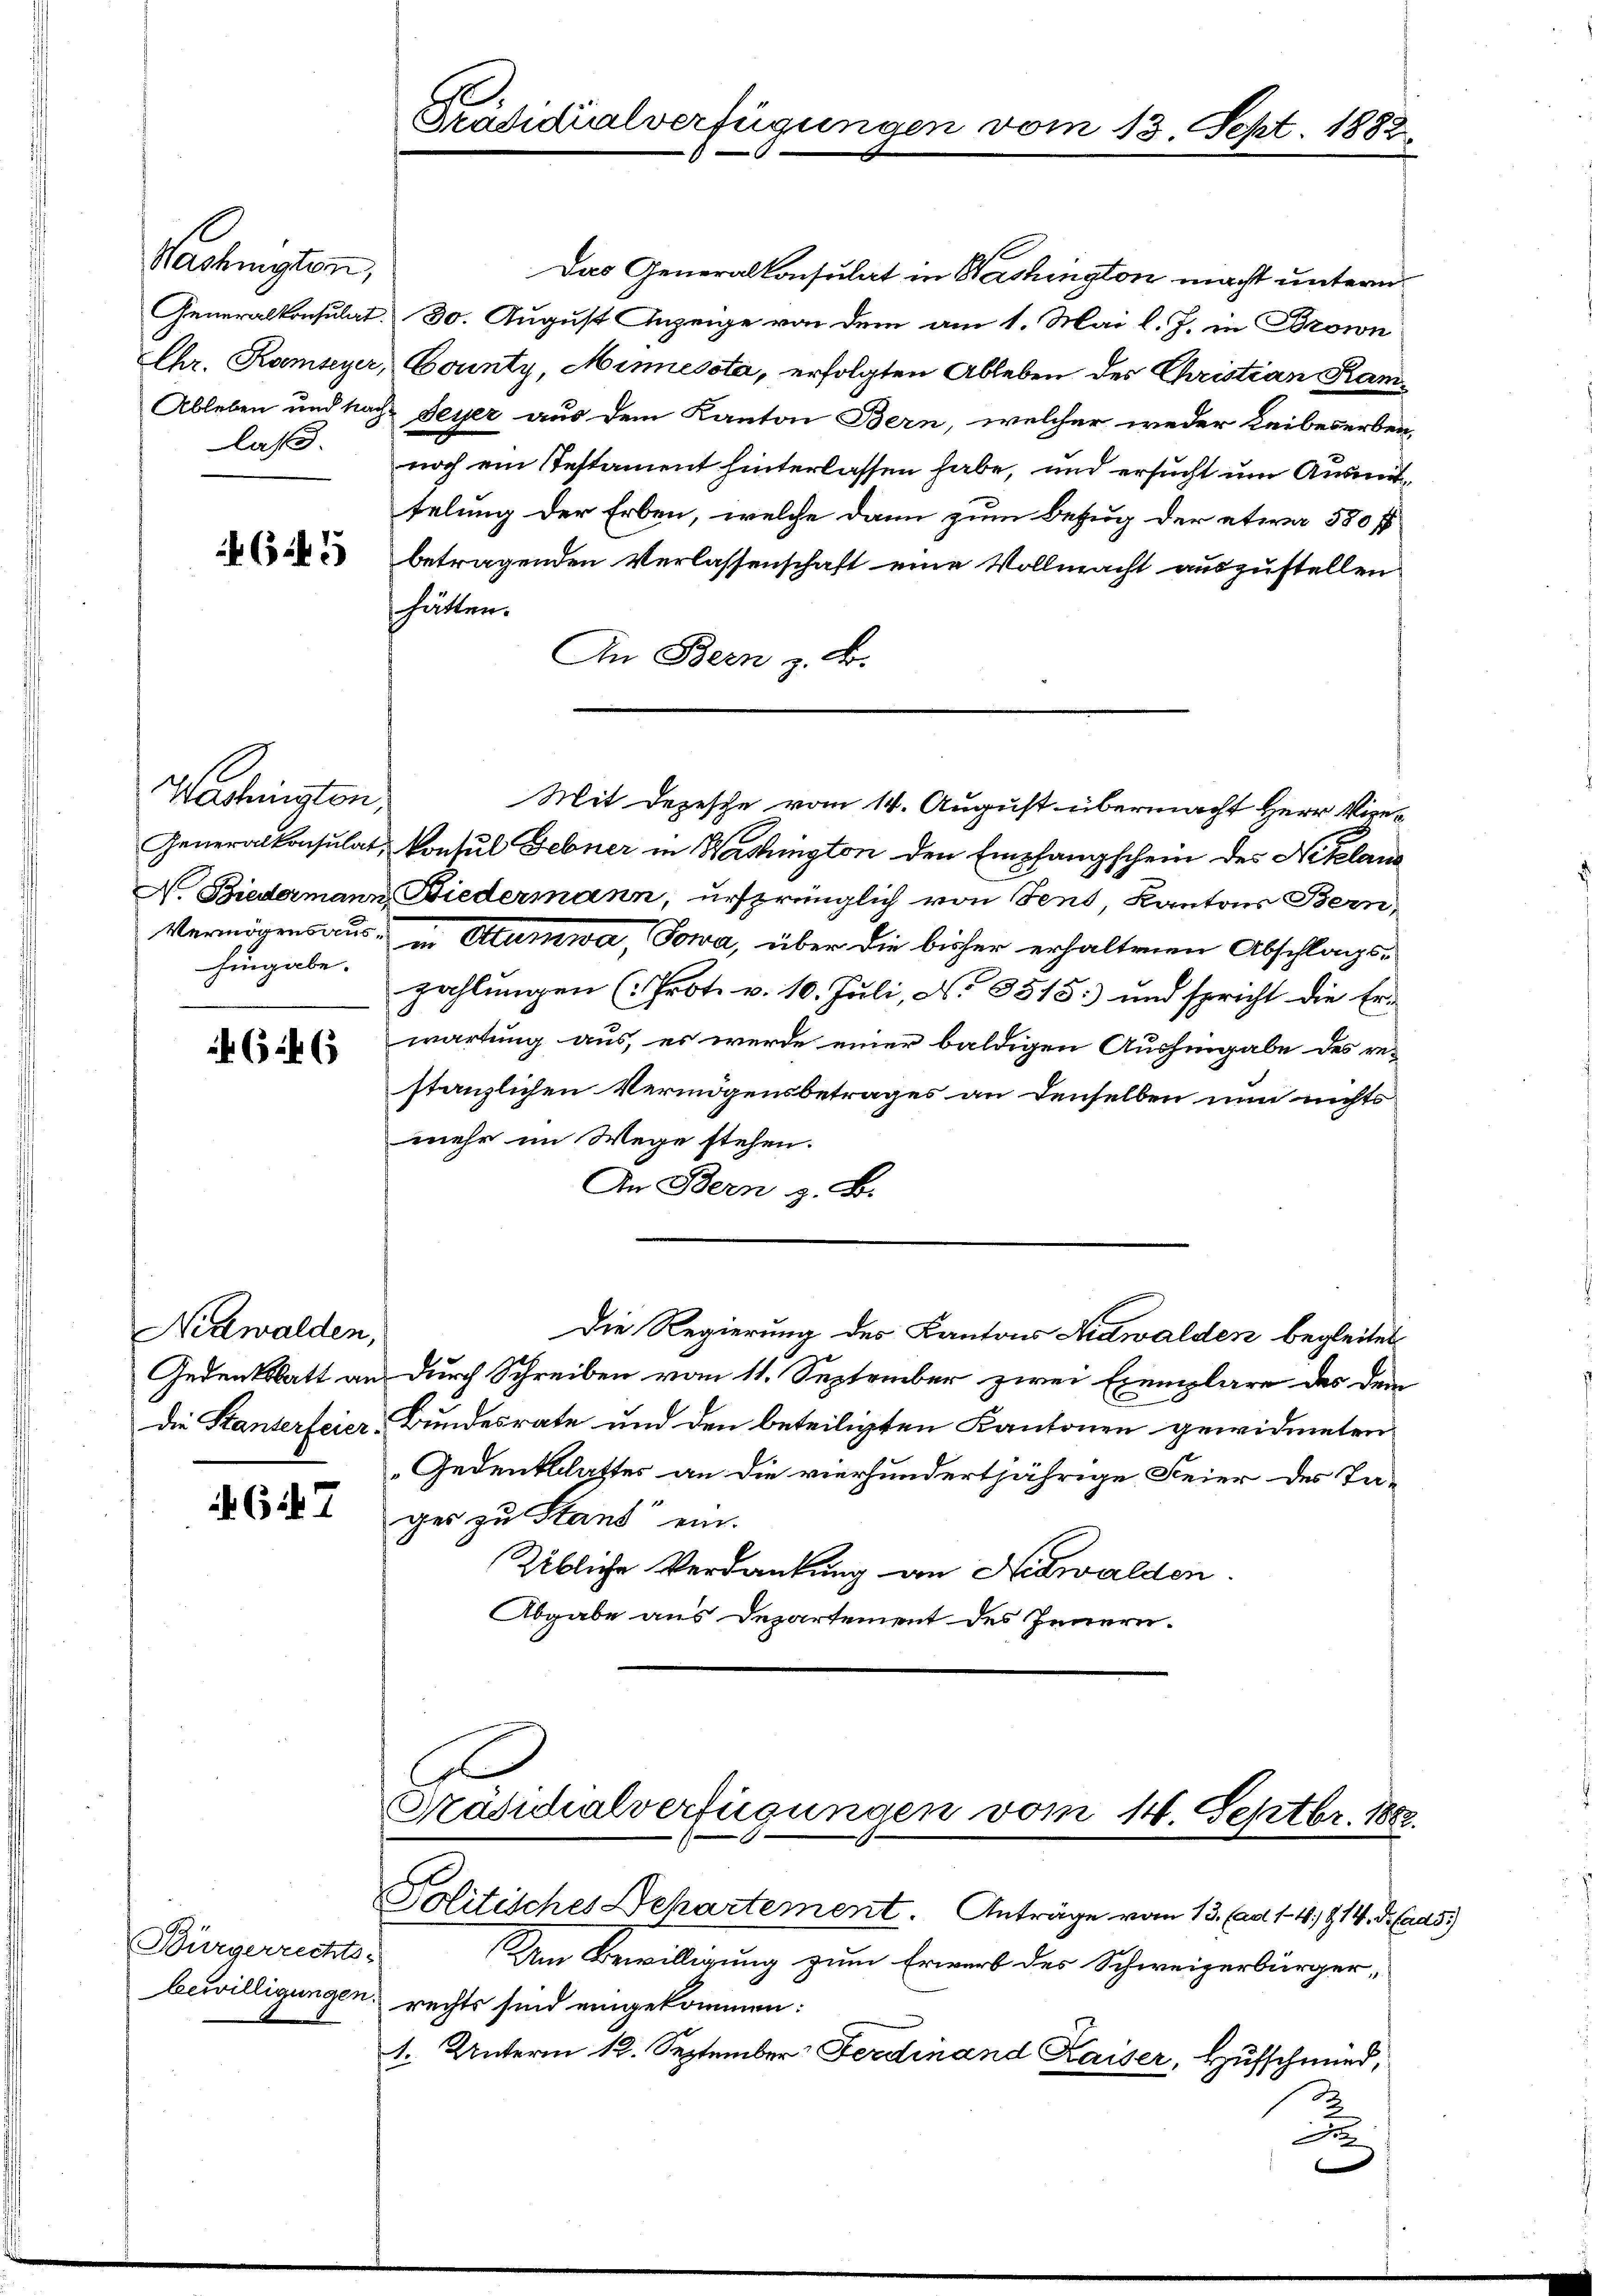
Nachmitten,
Generalkonsulat
Chr. Romeyer
Ableben und Nac
laß.

645

Waschinisten,
hingabe.

65246

Nidwalden,
die Stanterfeier.

617

Bürgerrechts-
bewilligungen

Präsidialverfügungen vom 13. Sept. 1882

Das Generalkonsulat in Washington macht unterm
30. August Anzeige von dem am 1. Mai l. J. in Brown
County, Minnessta, erfolgten Ableben des Christian Kam¬
& Feyer aus dem Kanton Bern, welcher weder Leibeserben-
noch ein Testament hinterlassen habe, und ersucht um Ausmittelung der Erben, welche dann zum Bezug der etwa 580 ff
betragenden Verlassenschaft eine Vollmacht auszustellen
hätten.
An Bern z. B.
Generalkonsulat, konsul Febner in Washington den Empfangschein des Netzland
N. Biedermann Biedermann, ursprünglich von Tent Kantons Bern,
Vermögensaus- in Alumwa, Towa, über die bisher erhaltenen Abschlags-
zahlungen (Prot. v. 10. Juli, No 9515) und spricht die Er-
wartung aus, es werde einer baldigen Aushingabe des re-
stanzlichen Vermögensbetrages an denselben nun nichts
mehr im Wege stehen.
An Bern z. B.
Die Regierung des Kantons Nidwalden begleitet
Gedenkblatt an durch Schreiben vom 11. September zwei Exemplare des dem
Bundesrate und den beteiligten Kantonen gewidmeten
Gedenkschaftes an die vierhundertjährige Feier des Ta-
ges zu Stand ein.
Übliche Verdankung an Nidwalden.
Abgabe aus Departement des Innern.
Präsidialverfügungen vom 14. Septbr. 1882.
Politisches Departement. Anträge vom 13. ad 1. 491. Hrads
Am Bewilligung zum Erwerb des Schweizerbürger,
rechts sind eingekommen:
1. Unterm 12. September Ferdinand Kaiser, Hufschmied,

Mit Depesche vom 14. August übermacht Herr Vice-

2

F